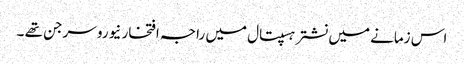
اس زمانے میں نشتر ہسپتال میں راجہ افتخار نیورو سرجن تھے ۔